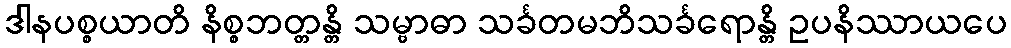
ဒါနပစ္စယာတိ နိစ္စဘတ္တန္တိ သမ္ဗာဓာ သင်္ခတမဘိသင်္ခရောန္တိ ဥပနိဿာယပေ